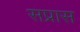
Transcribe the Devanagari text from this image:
सप्रास